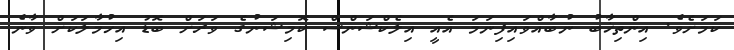
ކަަމަށެވެ. އިންތިޚާބު ނުބާއްވައިފިނަމަ އެއީ އިލެކްޝަންސް ކޮމިޝަނުގެ ވަރަށް ބޮޑު އިހުމާލަކަށް ވާނެ